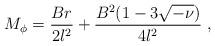
LaTeX: \begin{align*}M_{\phi }=\frac{Br}{2l^{2}}+\frac{B^{2}(1-3\sqrt{-\nu })}{4l^{2}}\;,\end{align*}